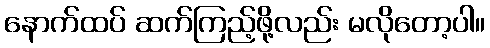
နောက်ထပ် ဆက်ကြည့်ဖို့လည်း မလိုတော့ပါ။